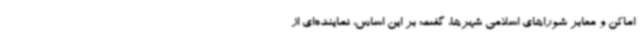
اماکن و معابر شوراهای اسلامی شهرها، گفت: بر این اساس، نماینده‌ای از